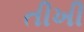
તીખી